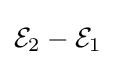
{\mathcal {E}}_{2}-{\mathcal {E}}_{1}